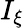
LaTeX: I_{\xi}